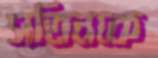
সতিনকে